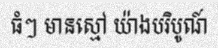
ធំៗ មានស្មៅ យ៉ាងបរិបូណ៍